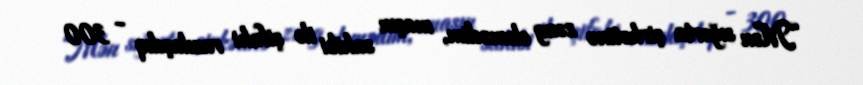
“Mən sığorta şirkətinə zəng eləmədim, maşın sahibi ilə şifahi razılaşdıq - 300